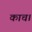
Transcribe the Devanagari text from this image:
काच।